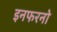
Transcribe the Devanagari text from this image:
इनफरनो